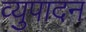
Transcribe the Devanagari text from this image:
व्युपादन